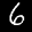
Label: 6